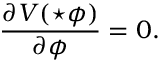
\frac { \partial V ( \star \phi ) } { \partial \phi } = 0 .